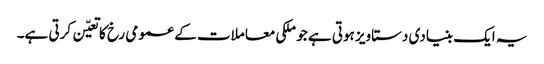
یہ ایک بنیادی دستاویز ہوتی ہے جو ملکی معاملات کے عمومی رخ کا تعیّن کرتی ہے۔